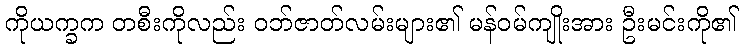
ကိုယက္ခက တစီးကိုလည်း ဝဘ်ဇာတ်လမ်းများ၏ မန်ဝမ်ကျိုးအား ဦးမင်းကို၏